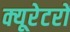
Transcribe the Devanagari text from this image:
क्यूरेटरों